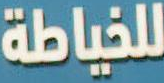
للخياطة